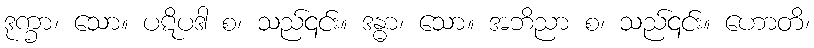
ဒုက္ခာ၊ သော။ ပဋိပဒါ စ၊ သည်၎င်း။ ဒန္ဓာ၊ သော။ အဘိညာ စ၊ သည်၎င်း။ ဟောတိ၊